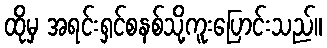
ထိုမှ အရင်းရှင်စနစ်သို့ကူးပြောင်းသည်။